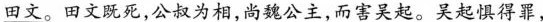
田文。田文既死，公叔为相，尚魏公主，而害吴起。吴起惧得罪，